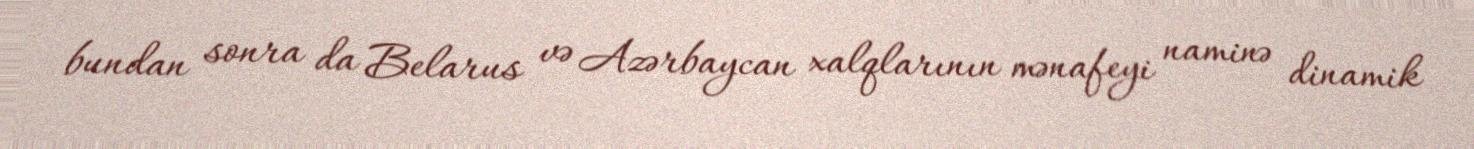
bundan sonra da Belarus və Azərbaycan xalqlarının mənafeyi naminə dinamik